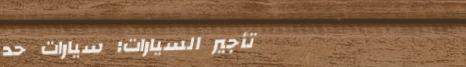
تأجير السيارات: سيارات حد